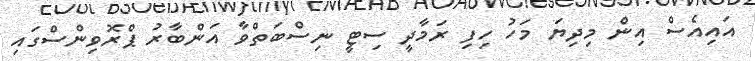
އައިއެސް އިން މިދިޔަ މަހު ހިފި ރަމާދީ ސިޓީ ނިސްބަތްވާ އަންބާރު ޕްރޮވިންސްގައި